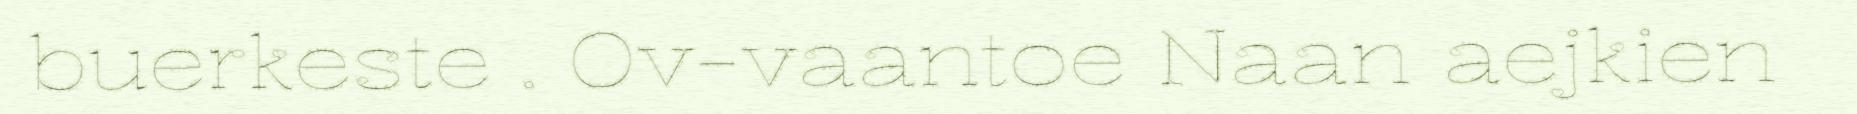
buerkeste . Ov-vaantoe Naan aejkien